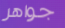
جواهر